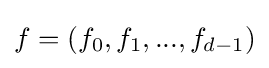
f=(f_{0},f_{1},...,f_{d-1})